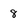
Character: 8